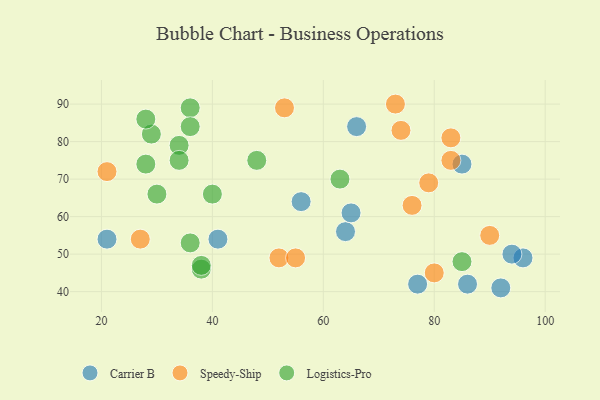
{"axis": {"x": "GDP", "y": "Life Expectancy"}, "legend": ["Carrier B", "Logistics-Pro", "Speedy-Ship"], "data": [{"x": "41", "y": 54, "type": "Carrier B"}, {"x": "92", "y": 41, "type": "Carrier B"}, {"x": "96", "y": 49, "type": "Carrier B"}, {"x": "64", "y": 56, "type": "Carrier B"}, {"x": "86", "y": 42, "type": "Carrier B"}, {"x": "94", "y": 50, "type": "Carrier B"}, {"x": "65", "y": 61, "type": "Carrier B"}, {"x": "21", "y": 54, "type": "Carrier B"}, {"x": "56", "y": 64, "type": "Carrier B"}, {"x": "66", "y": 84, "type": "Carrier B"}, {"x": "85", "y": 74, "type": "Carrier B"}, {"x": "77", "y": 42, "type": "Carrier B"}, {"x": "90", "y": 55, "type": "Speedy-Ship"}, {"x": "52", "y": 49, "type": "Speedy-Ship"}, {"x": "83", "y": 75, "type": "Speedy-Ship"}, {"x": "55", "y": 49, "type": "Speedy-Ship"}, {"x": "73", "y": 90, "type": "Speedy-Ship"}, {"x": "21", "y": 72, "type": "Speedy-Ship"}, {"x": "74", "y": 83, "type": "Speedy-Ship"}, {"x": "83", "y": 81, "type": "Speedy-Ship"}, {"x": "79", "y": 69, "type": "Speedy-Ship"}, {"x": "27", "y": 54, "type": "Speedy-Ship"}, {"x": "76", "y": 63, "type": "Speedy-Ship"}, {"x": "53", "y": 89, "type": "Speedy-Ship"}, {"x": "80", "y": 45, "type": "Speedy-Ship"}, {"x": "36", "y": 89, "type": "Logistics-Pro"}, {"x": "63", "y": 70, "type": "Logistics-Pro"}, {"x": "48", "y": 75, "type": "Logistics-Pro"}, {"x": "38", "y": 46, "type": "Logistics-Pro"}, {"x": "36", "y": 53, "type": "Logistics-Pro"}, {"x": "36", "y": 84, "type": "Logistics-Pro"}, {"x": "85", "y": 48, "type": "Logistics-Pro"}, {"x": "30", "y": 66, "type": "Logistics-Pro"}, {"x": "29", "y": 82, "type": "Logistics-Pro"}, {"x": "28", "y": 86, "type": "Logistics-Pro"}, {"x": "34", "y": 79, "type": "Logistics-Pro"}, {"x": "40", "y": 66, "type": "Logistics-Pro"}, {"x": "38", "y": 47, "type": "Logistics-Pro"}, {"x": "28", "y": 74, "type": "Logistics-Pro"}, {"x": "34", "y": 75, "type": "Logistics-Pro"}]}